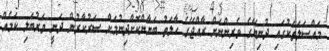
މައްސަލަތަކުގައި ދުނިޔޭގެ ވެރިންނަށް ރާއްޖޭގެ ހާލަތު ބަޔާންކޮށްދިނުމަށް ސަރުކާރުން ދަނީ ވަރުބަލި ކަމެއް